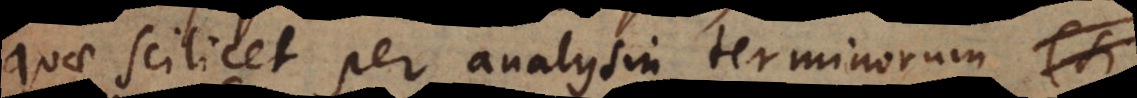
quae scilicet per analysin terminorum (si